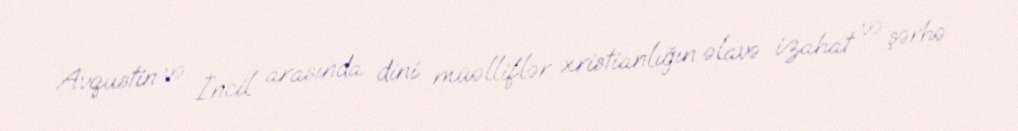
Avqustin və İncil arasında dini müəlliflər xristianlığın əlavə izahat və şərhə